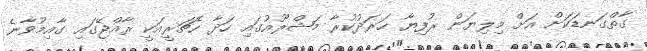
ގާތްގަނޑަކަށް އަށް މިލިޔަން ރުފިޔާ ހަރަދުކުރާ މަޝްރޫއުގައި ހަދާ ހެޗަރީއަކީ ރާއްޖޭގައި ގާއިމުވާނެ